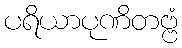
ပရိယာပုဏိတဗ္ဗံ